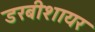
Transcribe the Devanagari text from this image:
डरबीशायर